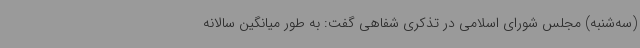
(سه‌شنبه) مجلس شورای اسلامی در تذکری شفاهی گفت: به طور میانگین سالانه